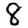
Digit: 8